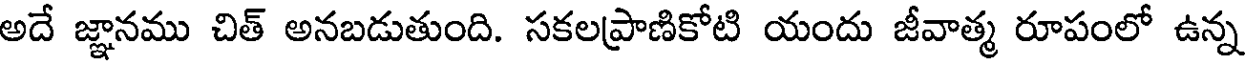
అదే జ్ఞానము చిత్ అనబడుతుంది. సకలప్రాణికోటి యందు జీవాత్మ రూపంలో ఉన్న